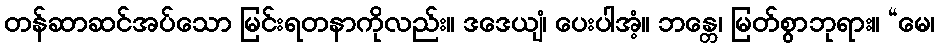
တန်ဆာဆင်အပ်သော မြင်းရတနာကိုလည်း။ ဒဒေယျံ၊ ပေးပါအံ့။ ဘန္တေ၊ မြတ်စွာဘုရား။ “မေ၊